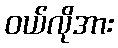
ဝယ်လိုအား